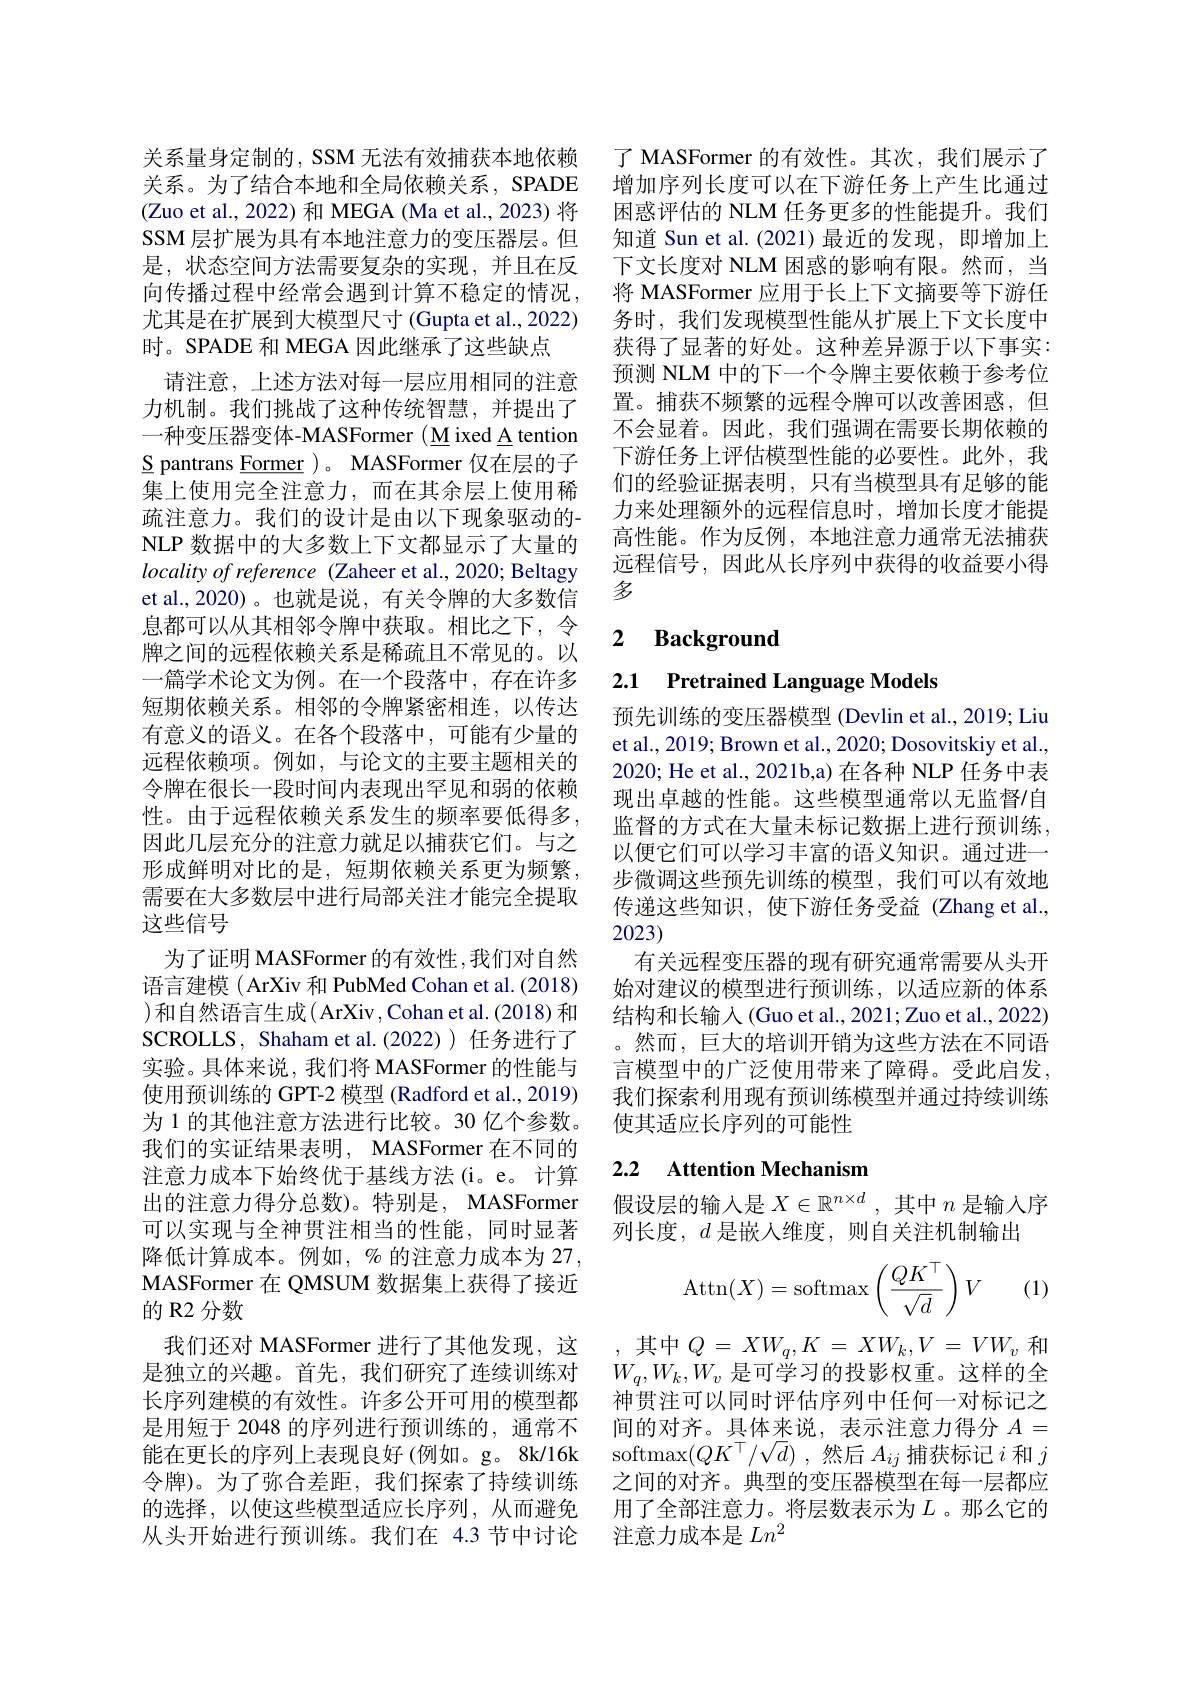
关系量身定制的，SSM 无法有效捕获本地依赖关系。为了结合本地和全局依赖关系，SPADE (Zuo et al., 2022) 和 MEGA (Ma et al., 2023) 将SSM 层扩展为具有本地注意力的变压器层。但是，状态空间方法需要复杂的实现，并且在反向传播过程中经常会遇到计算不稳定的情况， 尤其是在扩展到大模型尺寸 (Gupta et al., 2022) 时。SPADE 和 MEGA 因此继承了这些缺点
请注意，上述方法对每一层应用相同的注意力机制。我们挑战了这种传统智慧，并提出了一种变压器变体-MASFormer (Mixed A tention S pantrans Eormer )。MASFormer 仅在层的子集上使用完全注意力，而在其余层上使用稀疏注意力。我们的设计是由以下现象驱动的NLP 数据中的大多数上下文都显示了大量的$locality\textit{ of reference ( Zaheer et al. , 2020; Beltagy}$ et al.,2020)。也就是说，有关令牌的大多数信息都可以从其相邻令牌中获取。相比之下，令牌之间的远程依赖关系是稀疏且不常见的。以一篇学术论文为例。在一个段落中，存在许多短期依赖关系。相邻的令牌紧密相连，以传达有意义的语义。在各个段落中，可能有少量的远程依赖项。例如，与论文的主要主题相关的令牌在很长一段时间内表现出罕见和弱的依赖性。由于远程依赖关系发生的频率要低得多， 因此几层充分的注意力就足以捕获它们。与之形成鲜明对比的是，短期依赖关系更为频繁， 需要在大多数层中进行局部关注才能完全提取这些信号
为了证明 MASFormer 的有效性，我们对自然语言建模 ( ArXiv 和 PubMed Cohan et al. (2018) )和自然语言生成(ArXiv,Cohan et al.(2018)和SCROLLS, Shaham et al.(2022)) 任务进行了实验。具体来说，我们将 MASFormer 的性能与使用预训练的 GPT-2 模型 (Radford et al., 2019) 为 1 的其他注意方法进行比较。30 亿个参数。我们的实证结果表明，MASFormer 在不同的注意力成本下始终优于基线方法(i。e。计算出的注意力得分总数)。特别是，MASFormer 可以实现与全神贯注相当的性能，同时显著降低计算成本。例如，%的注意力成本为 27, MASFormer 在 QMSUM 数据集上获得了接近的 R2 分数
我们还对 MASFormer 进行了其他发现，这是独立的兴趣。首先，我们研究了连续训练对长序列建模的有效性。许多公开可用的模型都是用短于 2048 的序列进行预训练的，通常不能在更长的序列上表现良好(例如。g。8k/16k 令牌)。为了弥合差距，我们探索了持续训练的选择，以使这些模型适应长序列，从而避免从头开始进行预训练。我们在 4.3 节中讨论

了 MASFormer 的有效性。其次，我们展示了增加序列长度可以在下游任务上产生比通过困惑评估的 NLM 任务更多的性能提升。我们知道 Sun et al.(2021)最近的发现，即增加上下文长度对 NLM 困惑的影响有限。然而，当将 MASFormer 应用于长上下文摘要等下游任务时，我们发现模型性能从扩展上下文长度中获得了显著的好处。这种差异源于以下事实： 预测 NLM 中的下一个令牌主要依赖于参考位置。捕获不频繁的远程令牌可以改善困惑，但不会显着。因此，我们强调在需要长期依赖的下游任务上评估模型性能的必要性。此外，我们的经验证据表明，只有当模型具有足够的能力来处理额外的远程信息时，增加长度才能提高性能。作为反例，本地注意力通常无法捕获远程信号，因此从长序列中获得的收益要小得多

### 2 $\textbf{Background}$

2.1 Pretrained Language Models

预先训练的变压器模型 (Devlin et al., 2019; Liu et al., 2019; Brown et al., 2020; Dosovitskiy et al., 2020; He et al., 2021b,a) 在各种 NLP 任务中表现出卓越的性能。这些模型通常以无监督/自监督的方式在大量未标记数据上进行预训练， 以便它们可以学习丰富的语义知识。通过进一步微调这些预先训练的模型，我们可以有效地传递这些知识，使下游任务受益(Zhang et al., 2023)
有关远程变压器的现有研究通常需要从头开始对建议的模型进行预训练，以适应新的体系结构和长输入(Guo et al., 2021; Zuo et al., 2022) 。然而，巨大的培训开销为这些方法在不同语言模型中的广泛使用带来了障碍。受此启发我们探索利用现有预训练模型并通过持续训练使其适应长序列的可能性

## 2.2 Attention Mechanism

假设层的输入是$X\in\mathbb{R}^{n\times d}$ ,其中$n$是输入序
列长度，$d$是嵌入维度，则自关注机制输出
$$\operatorname{Attn}(X)=\operatorname{softmax}\left(\frac{QK^\top}{\sqrt{d}}\right)V$$
(1)

其中$Q=XW_q,K=XW_k,V=VW_v$和$W_q,W_k,W_v$是可学习的投影权重。这样的全神贯注可以同时评估序列中任何一对标记之间的对齐。具体来说，表示注意力得分$A=$ softmax$(QK^\top/\sqrt{d})$,然后$A_ij$捕获标记$i$和$j$ 之间的对齐。典型的变压器模型在每一层都应用了全部注意力。将层数表示为$L$。那么它的注意力成本是$Ln^2$